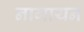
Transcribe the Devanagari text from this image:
नागायन